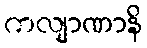
ကလျာဏာနိ